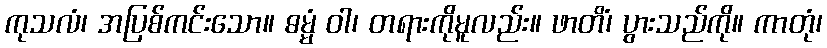
ကုသလံ၊ အပြစ်ကင်းသော။ ဓမ္မံ ဝါ၊ တရားကိုမူလည်း။ ဖာတိံ၊ ပွားသည်ကို။ ကာတုံ၊